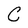
Character: C